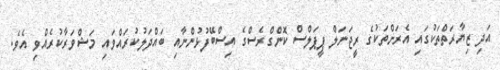
އަދި ޒިޔާރަތްތަކުގައި އެރަށްތަކުގެ ރީޖަނަލް ޕީޕަލްސް ކޮންގްރެސްގެ އިސްބޭފުޅުންނާއި ބައްދަލުކުރައްވައި މަޝްވަރާކުރެއްވި އެވެ.